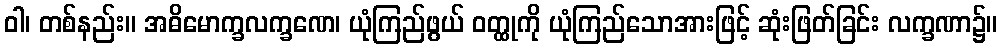
ဝါ၊ တစ်နည်း။ အဓိမောက္ခလက္ခဏေ၊ ယုံကြည်ဖွယ် ဝတ္ထုကို ယုံကြည်သောအားဖြင့် ဆုံးဖြတ်ခြင်း လက္ခဏာ၌။